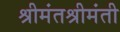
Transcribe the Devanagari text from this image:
श्रीमंतश्रीमंती